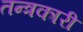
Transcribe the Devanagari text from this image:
तन्त्रकारी